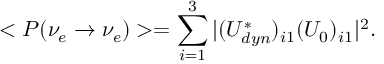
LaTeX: < P ( \nu _ { e } \rightarrow \nu _ { e } ) > = \sum _ { i = 1 } ^ { 3 } | ( U _ { d y n } ^ { * } ) _ { i 1 } ( U _ { 0 } ) _ { i 1 } | ^ { 2 } .